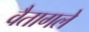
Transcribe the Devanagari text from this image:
वैतागले